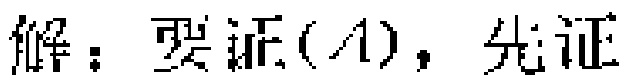
解：要证(A)，先证